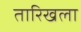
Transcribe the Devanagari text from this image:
तारिखला